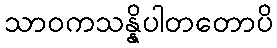
သာဝကသန္နိပါတတောပိ